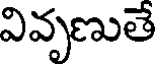
వివృణుతే